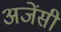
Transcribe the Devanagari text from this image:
अजेंसी